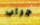
جراب